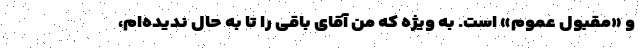
و «مقبول عموم» است. به ویژه که من آقای باقی را تا به حال ندیده‌ام،